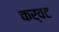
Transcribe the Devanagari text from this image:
कर्वट